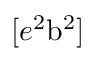
[ e ^ { 2 } \mathrm { b } ^ { 2 } ]